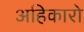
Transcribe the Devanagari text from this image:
अहिकारो